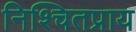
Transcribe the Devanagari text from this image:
निश्चितप्राय